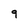
Character: 9